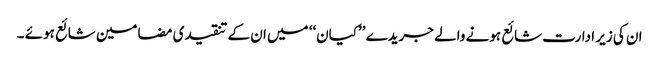
ان کی زیر ادارت شائع ہونے والے جریدے ’’کیان‘‘ میں ان کے تنقیدی مضامین شائع ہوئے ۔